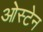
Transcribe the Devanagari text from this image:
ओस्टेन